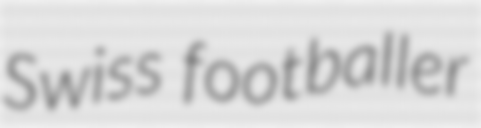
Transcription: Swiss footballer